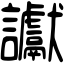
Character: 讞